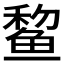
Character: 𫚞